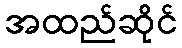
အထည်ဆိုင်